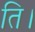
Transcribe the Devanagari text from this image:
ति।